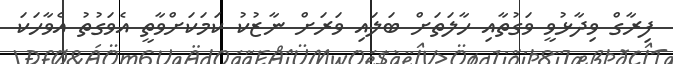
ފިރާގް ވިދާޅުވީ ވަގުތާއި ހާލަތަށް ބަލައި ވަރަށް ނާޒުކު ކަމަކަށްވާތީ އެވަގުތު އެވާހަކަ